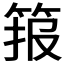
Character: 𱷾